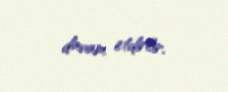
davam etdirlir.